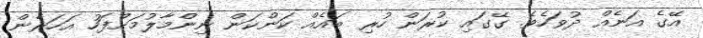
އޭގެ އަނެއް ދުވަހެވެ. ގޭގައި ކުރަން ހުރި ބައެއް ކަންކަން ނިންމާލުމަށްފަހު އަހަރެން